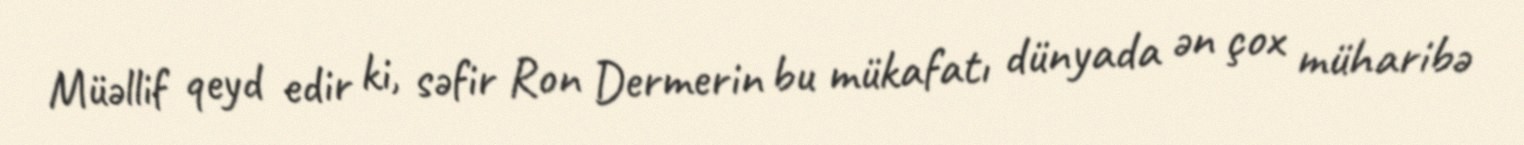
Müəllif qeyd edir ki, səfir Ron Dermerin bu mükafatı dünyada ən çox müharibə